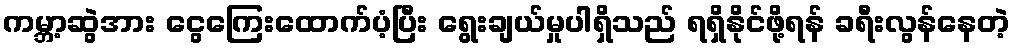
ကမ္ဘာ့ဆွဲအား ငွေကြေးထောက်ပံ့ပြီး ရွေးချယ်မှုပါရှိသည် ရရှိနိုင်ဖို့ရန် ခရီးလွန်နေတဲ့